Indian journal of veterinary science and animal husbandry - Volume 3,
Year: 1933
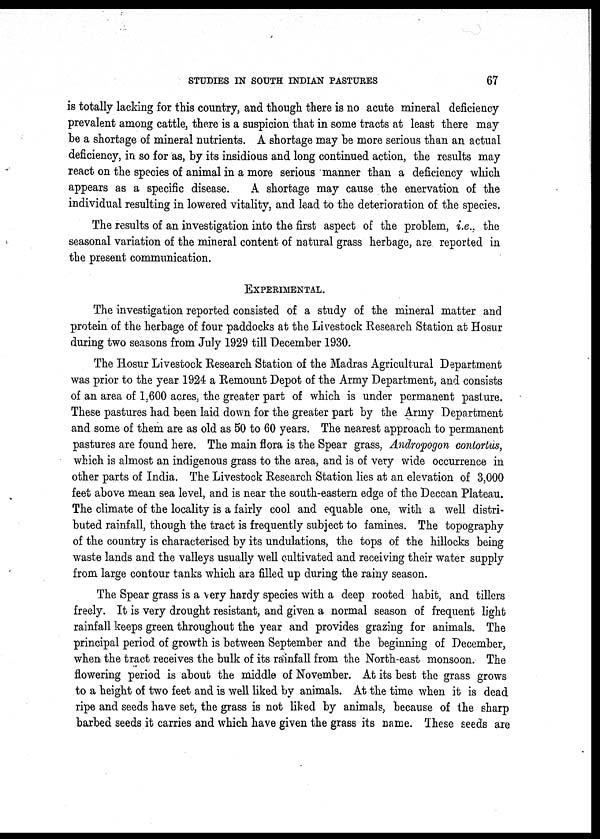
STUDIES IN SOUTH INDIAN PASTURES
67
is totally lacking for this country, and though there is no acute mineral deficiency
prevalent among cattle, there is a suspicion that in some tracts at least there may
be a shortage of mineral nutrients. A shortage may be more serious than an actual
deficiency, in so for as, by its insidious and long continued action, the results may
react on the species of animal in a more serious manner than a deficiency which
appears as a specific disease.
A shortage may cause the enervation of the
individual resulting in lowered vitality, and lead to the deterioration of the species.
The results of an investigation into the first aspect of the problem, i.e.. the
seasonal variation of the mineral content of natural grass herbage, are reported in
the present communication.
EXPERIMENTAL.
The investigation reported consisted of a study of the mineral matter and
protein of the herbage of four paddocks at the Livestock Research Station at Hosur
during two seasons from July 1929 till December 1930.
The Hosur Livestock Research Station of the Madras Agricultural Department
was prior to the year 1924 a Remount Depot of the Army Department, and consists
of an area of 1,600 acres, the greater part of which is under permanent pasture.
These pastures had been laid down for the greater part by the Army Department
and some of them are as old as 50 to 60 years. The nearest approach to permanent
pastures are found here. The main flora is the Spear grass, Andropogon contortus,
which is almost an indigenous grass to the area, and is of very wide occurrence in
other parts of India. The Livestock Research Station lies at an elevation of 3,000
feet above mean sea level, and is near the south-eastern edge of the Deccan Plateau.
The climate of the locality is a fairly cool and equable one, with a well distri-
buted rainfall, though the tract is frequently subject to famines. The topography
of the country is characterised by its undulations, the tops of the hillocks being
waste lands and the valleys usually well cultivated and receiving their water supply
from large contour tanks which are filled up during the rainy season.
The Spear grass is a very hardy species with a deep rooted habit, and tillers
freely. It is very drought resistant, and given a normal season of frequent light
rainfall keeps green throughout the year and provides grazing for animals. The
principal period of growth is between September and the beginning of December,
when the tract receives the bulk of its rainfall from the North-east monsoon. The
flowering period is about the middle of November. At its best the grass grows
to a height of two feet and is well liked by animals. At the time when it is dead
ripe and seeds have set, the grass is not liked by animals, because of the sharp
barbed seeds it carries and which have given the grass its name. These seeds are